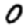
Digit: 0